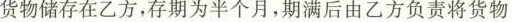
货物储存在乙方，存期为半个月，期满后由乙方负责将货物